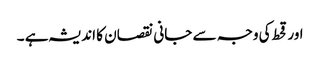
اور قحط کی وجہ سے جانی نقصان کا اندیشہ ہے ۔